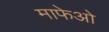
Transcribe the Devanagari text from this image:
माफेओ